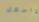
وأجعل